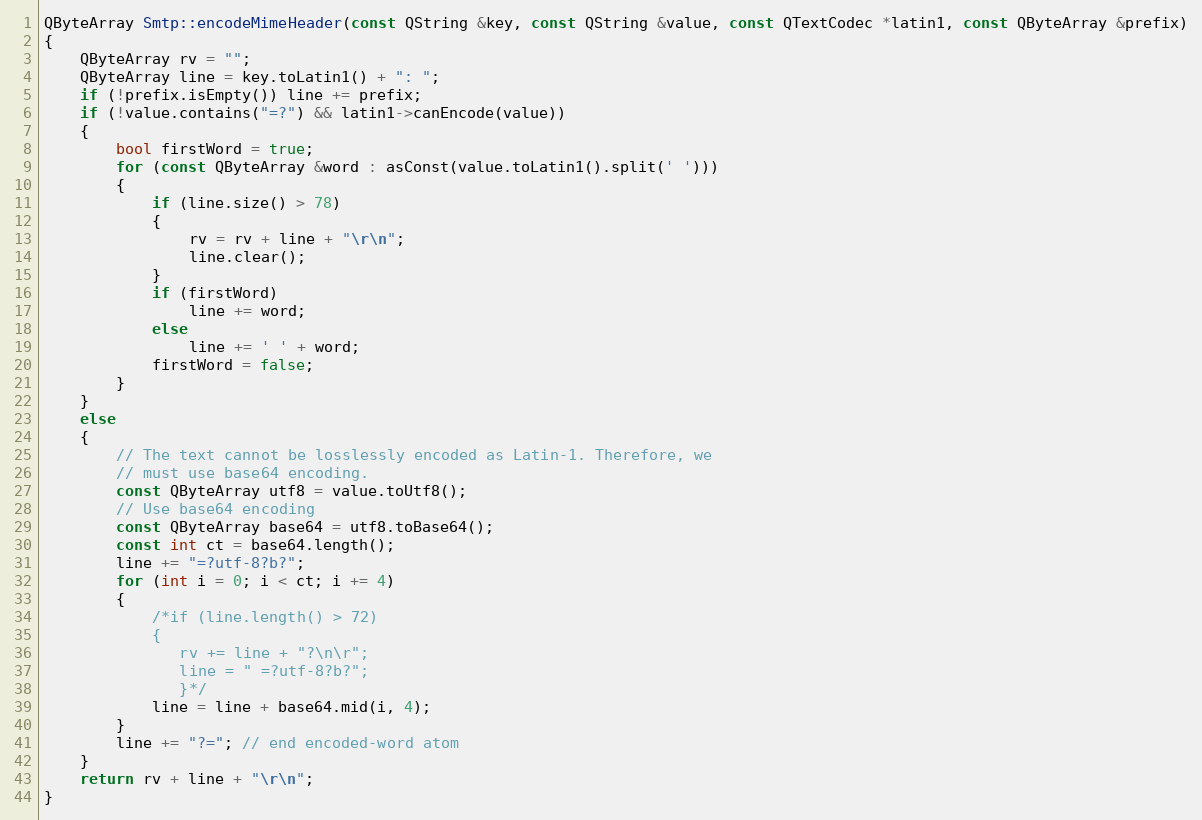
Language: C++
QByteArray Smtp::encodeMimeHeader(const QString &key, const QString &value, const QTextCodec *latin1, const QByteArray &prefix)
{
    QByteArray rv = "";
    QByteArray line = key.toLatin1() + ": ";
    if (!prefix.isEmpty()) line += prefix;
    if (!value.contains("=?") && latin1->canEncode(value))
    {
        bool firstWord = true;
        for (const QByteArray &word : asConst(value.toLatin1().split(' ')))
        {
            if (line.size() > 78)
            {
                rv = rv + line + "\r\n";
                line.clear();
            }
            if (firstWord)
                line += word;
            else
                line += ' ' + word;
            firstWord = false;
        }
    }
    else
    {
        // The text cannot be losslessly encoded as Latin-1. Therefore, we
        // must use base64 encoding.
        const QByteArray utf8 = value.toUtf8();
        // Use base64 encoding
        const QByteArray base64 = utf8.toBase64();
        const int ct = base64.length();
        line += "=?utf-8?b?";
        for (int i = 0; i < ct; i += 4)
        {
            /*if (line.length() > 72)
            {
               rv += line + "?\n\r";
               line = " =?utf-8?b?";
               }*/
            line = line + base64.mid(i, 4);
        }
        line += "?="; // end encoded-word atom
    }
    return rv + line + "\r\n";
}